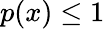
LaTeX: p(x)\leq 1